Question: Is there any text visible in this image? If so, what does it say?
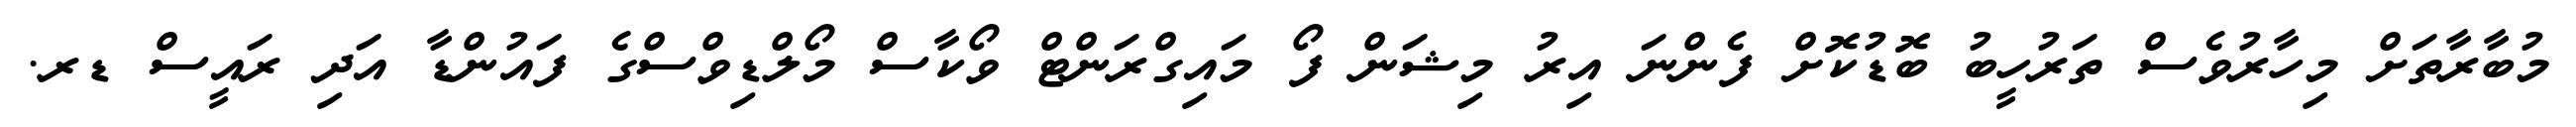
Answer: މުބާރާތަށް މިހާރުވެސް ތަރުހީބު ބޮޑުކޮށް ފެންނަ އިރު މިޝަން ފޯ މައިގްރަންޓް ވޯކާސް މޯލްޑިވްސްގެ ފައުންޑާ އަދި ރައީސް ޑރ.